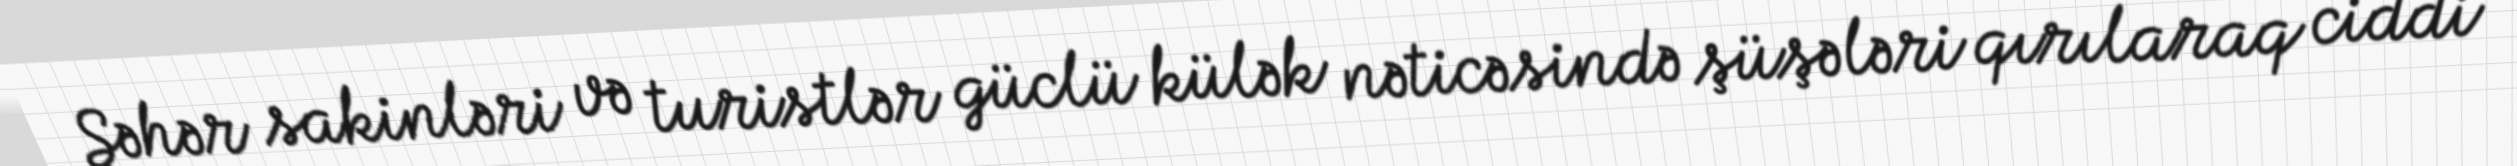
Şəhər sakinləri və turistlər güclü külək nəticəsində şüşələri qırılaraq ciddi